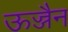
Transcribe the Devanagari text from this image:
ऊज्जैन